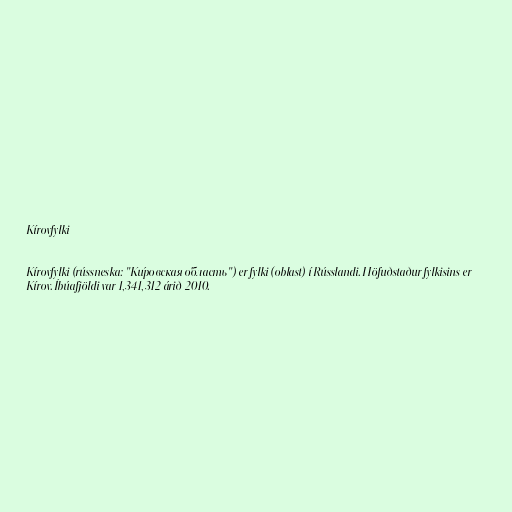
Kírovfylki

Kírovfylki (rússneska: "Ки́ровская о́бласть") er fylki (oblast) í Rússlandi. Höfuðstaður fylkisins er
Kírov. Íbúafjöldi var 1,341,312 árið 2010.